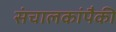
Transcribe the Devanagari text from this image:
संचालकांपैकी